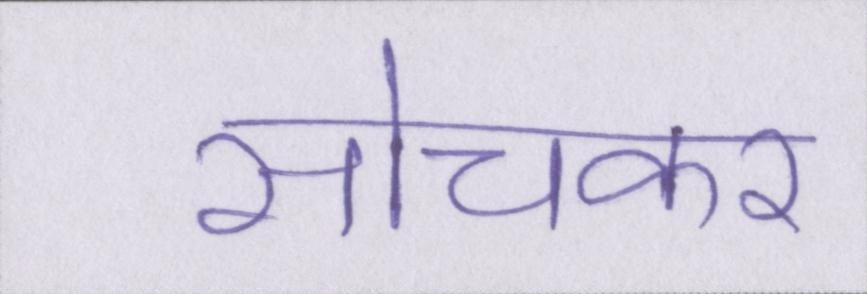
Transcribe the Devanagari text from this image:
सोचकर